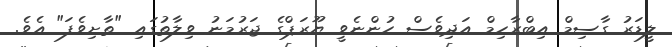
ލީޑަރު ގާސިމް އިބްރާހިމް އަދިވެސް ހުންނެވީ ޔޫރަޕްގެ ޖަރުމަނު ވިލާތުގައި "ތާށިވެފަ" އެވެ.